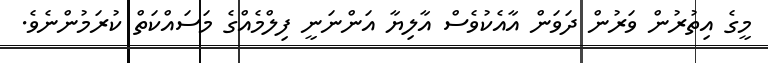
މީގެ އިތުރުން ވަރުން ދަވަން އާއެކުވެސް އާލިޔާ އަންްނަނީ ފިލްމެއްގެ މަސައްކަތް ކުރަމުންނެވެ.